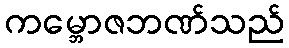
ကမ္ဘောဇဘဏ်သည်